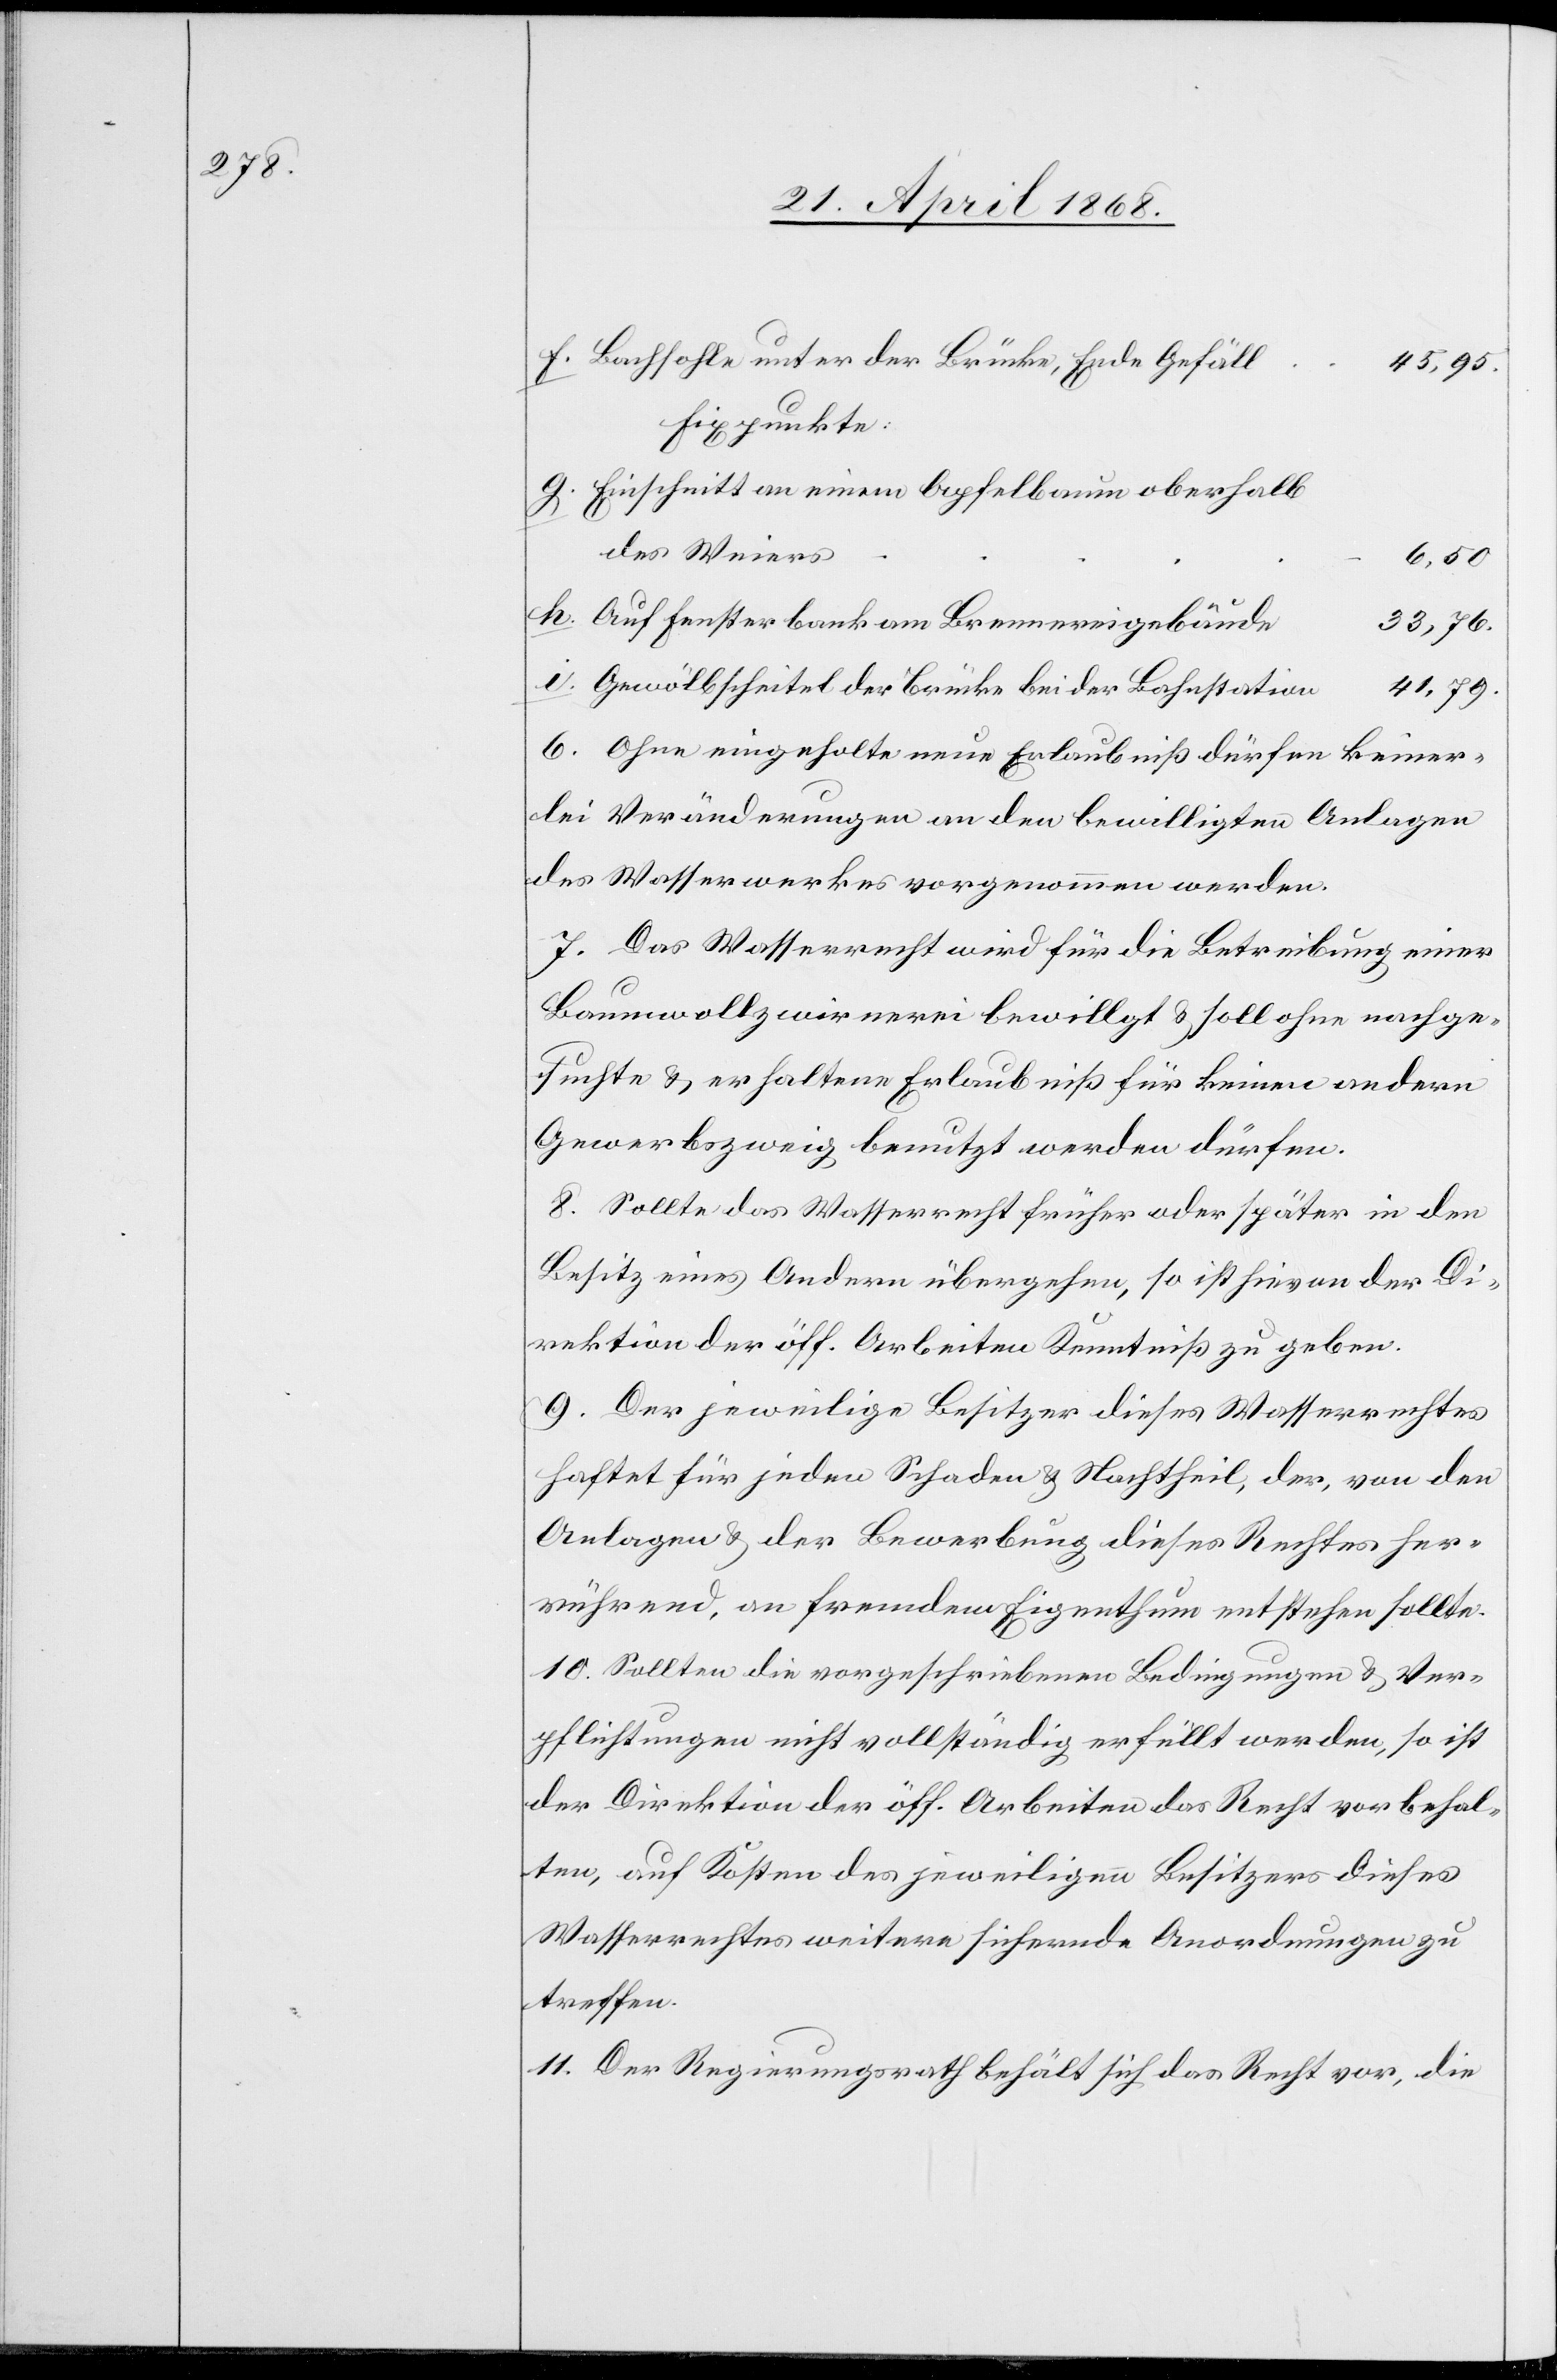
Bachsohle unter der Brücke, Ende Gefäll
45,95.
Fixpunkte:
Einschnitt an einem Apfelbaum oberhalb
des Weiers
6,50
Auf Fensterbank am Brennereigebäude
33,76.
Gewölbscheitel der Brücke bei der Bahnstation
41,79.
6. Ohne eingeholte neue Erlaubniß dürfen keiner¬
lei Veränderungen an den bewilligten Anlagen
des Wasserwerkes vorgenommen werden.
7. Das Wasserrecht wird für die Betreibung einer
Baumwollzwirnerei bewill[i]gt & soll ohne nachge¬
suchte & erhaltene Erlaubniß für keinen andern
Gewerbszweig benutzt werden dürfen.
8. Sollte das Wasserrecht früher oder später in den
Besitz eines Andern übergehen, so ist hievon der Di¬
rektion der öff. Arbeiten Kenntniß zu geben.
9. Der jeweilige Besitzer dieses Wasserrechtes
haftet für jeden Schaden & Nachtheil, der, von den
Anlagen & der Bewerbung dieses Rechtes her¬
rührend, an fremdem Eigenthum entstehen sollte.
10. Sollten die vorgeschriebenen Bedingungen & Ver¬
pflichtungen nicht vollständig erfüllt werden, so ist
der Direktion der öff. Arbeiten das Recht vorbehal¬
ten, auf Kosten des jeweiligen Besitzers dieses
Wasserrechtes weitere sichernde Anordnungen zu
treffen.
11. Der Regierungsrath behält sich das Recht vor, die